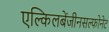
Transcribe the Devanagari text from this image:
एल्किलबेंजीनसल्फोनेट